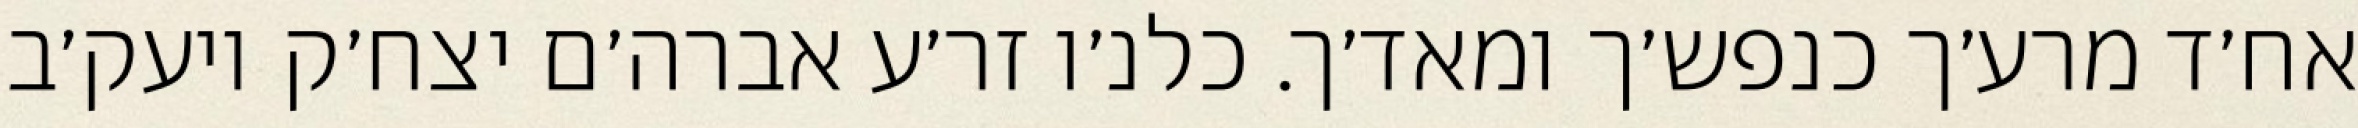
אח׳ד מרע׳ך כנפש׳ך ומאד׳ך. כלנ׳ו זר׳ע אברה׳ם יצח׳ק ויעק׳ב